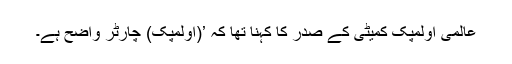
عالمی اولمپک کمیٹی کے صدر کا کہنا تھا کہ ’(اولمپک) چارٹر واضح ہے۔